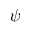
\psi